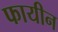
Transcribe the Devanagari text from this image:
फायीन